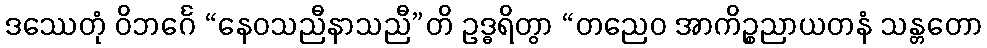
ဒဿေတုံ ဝိဘင်္ဂေ “နေဝသညီနာသညီ”တိ ဥဒ္ဓရိတွာ “တညေဝ အာကိဉ္စညာယတနံ သန္တတော